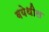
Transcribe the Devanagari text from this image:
वयेथील